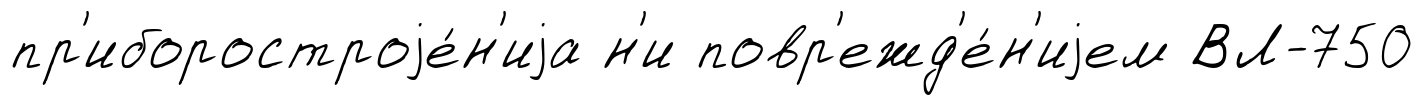
пр'иборостроjе́н'иjа н'и повр'ежд'е́н'иjем ВЛ-750